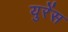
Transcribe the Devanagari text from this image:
युरेंस